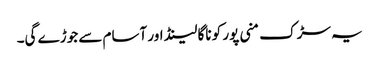
یہ سڑک منی پور کو ناگا لینڈ اور آسام سے جوڑے گی۔